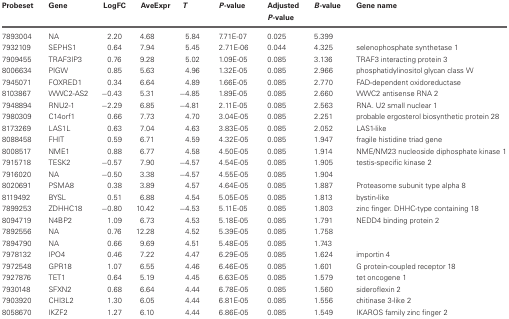
<table><thead><tr><td><b>Probeset</b></td><td><b>Gene</b></td><td><b>LogFC</b></td><td><b>AveExpr</b></td><td><b><i>T</i></b></td><td><b><i>P</i>-value</b></td><td><b>Adjusted <i>P</i>-value</b></td><td><b><i>B</i>-value</b></td><td><b>Gene name</b></td></tr></thead><tbody><tr><td>7893004</td><td>NA</td><td>2.20</td><td>4.68</td><td>5.84</td><td>7.71E-07</td><td>0.025</td><td>5.399</td><td></td></tr><tr><td>7932109</td><td>SEPHS1</td><td>0.64</td><td>7.94</td><td>5.45</td><td>2.71E-06</td><td>0.044</td><td>4.325</td><td>selenophosphate synthetase 1</td></tr><tr><td>7909455</td><td>TRAF3IP3</td><td>0.76</td><td>9.28</td><td>5.02</td><td>1.09E-05</td><td>0.085</td><td>3.136</td><td>TRAF3 interacting protein 3</td></tr><tr><td>8006634</td><td>PIGW</td><td>0.85</td><td>5.63</td><td>4.96</td><td>1.32E-05</td><td>0.085</td><td>2.966</td><td>phosphatidylinositol glycan class W</td></tr><tr><td>7945071</td><td>FOXRED1</td><td>0.34</td><td>6.64</td><td>4.89</td><td>1.66E-05</td><td>0.085</td><td>2.770</td><td>FAD-dependent oxidoreductase</td></tr><tr><td>8103867</td><td>WWC2-AS2</td><td>−0.43</td><td>5.31</td><td>−4.85</td><td>1.89E-05</td><td>0.085</td><td>2.660</td><td>WWC2 antisense RNA 2</td></tr><tr><td>7948894</td><td>RNU2-1</td><td>−2.29</td><td>6.85</td><td>−4.81</td><td>2.11E-05</td><td>0.085</td><td>2.563</td><td>RNA. U2 small nuclear 1</td></tr><tr><td>7980309</td><td>C14orf1</td><td>0.66</td><td>7.73</td><td>4.70</td><td>3.04E-05</td><td>0.085</td><td>2.251</td><td>probable ergosterol biosynthetic protein 28</td></tr><tr><td>8173269</td><td>LAS1L</td><td>0.63</td><td>7.04</td><td>4.63</td><td>3.83E-05</td><td>0.085</td><td>2.052</td><td>LAS1-like</td></tr><tr><td>8088458</td><td>FHIT</td><td>0.59</td><td>6.71</td><td>4.59</td><td>4.32E-05</td><td>0.085</td><td>1.947</td><td>fragile histidine triad gene</td></tr><tr><td>8008517</td><td>NME1</td><td>0.88</td><td>6.77</td><td>4.58</td><td>4.50E-05</td><td>0.085</td><td>1.914</td><td>NME/NM23 nucleoside diphosphate kinase 1</td></tr><tr><td>7915718</td><td>TESK2</td><td>−0.57</td><td>7.90</td><td>−4.57</td><td>4.54E-05</td><td>0.085</td><td>1.905</td><td>testis-specific kinase 2</td></tr><tr><td>7916020</td><td>NA</td><td>−0.50</td><td>3.38</td><td>−4.57</td><td>4.55E-05</td><td>0.085</td><td>1.904</td><td></td></tr><tr><td>8020691</td><td>PSMA8</td><td>0.38</td><td>3.89</td><td>4.57</td><td>4.64E-05</td><td>0.085</td><td>1.887</td><td>Proteasome subunit type alpha 8</td></tr><tr><td>8119492</td><td>BYSL</td><td>0.51</td><td>6.88</td><td>4.54</td><td>5.05E-05</td><td>0.085</td><td>1.813</td><td>bystin-like</td></tr><tr><td>7899253</td><td>ZDHHC18</td><td>−0.80</td><td>10.42</td><td>−4.53</td><td>5.11E-05</td><td>0.085</td><td>1.803</td><td>zinc finger. DHHC-type containing 18</td></tr><tr><td>8094719</td><td>N4BP2</td><td>1.09</td><td>6.73</td><td>4.53</td><td>5.18E-05</td><td>0.085</td><td>1.791</td><td>NEDD4 binding protein 2</td></tr><tr><td>7892556</td><td>NA</td><td>0.76</td><td>12.28</td><td>4.52</td><td>5.39E-05</td><td>0.085</td><td>1.758</td><td></td></tr><tr><td>7894790</td><td>NA</td><td>0.66</td><td>9.69</td><td>4.51</td><td>5.48E-05</td><td>0.085</td><td>1.743</td><td></td></tr><tr><td>7978132</td><td>IPO4</td><td>0.46</td><td>7.22</td><td>4.47</td><td>6.29E-05</td><td>0.085</td><td>1.624</td><td>importin 4</td></tr><tr><td>7972548</td><td>GPR18</td><td>1.07</td><td>6.55</td><td>4.46</td><td>6.46E-05</td><td>0.085</td><td>1.601</td><td>G protein-coupled receptor 18</td></tr><tr><td>7927876</td><td>TET1</td><td>0.64</td><td>5.19</td><td>4.45</td><td>6.63E-05</td><td>0.085</td><td>1.579</td><td>tet oncogene 1</td></tr><tr><td>7930148</td><td>SFXN2</td><td>0.68</td><td>6.64</td><td>4.44</td><td>6.78E-05</td><td>0.085</td><td>1.560</td><td>sideroflexin 2</td></tr><tr><td>7903920</td><td>CHI3L2</td><td>1.30</td><td>6.05</td><td>4.44</td><td>6.81E-05</td><td>0.085</td><td>1.556</td><td>chitinase 3-like 2</td></tr><tr><td>8058670</td><td>IKZF2</td><td>1.27</td><td>6.10</td><td>4.44</td><td>6.86E-05</td><td>0.085</td><td>1.549</td><td>IKAROS family zinc finger 2</td></tr></tbody></table>